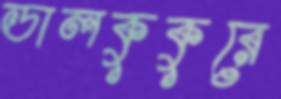
ডালকুকুরে